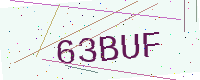
Text: 63BUF